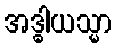
အဒ္ဓါယသ္မာ